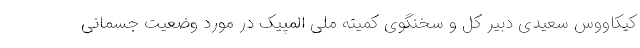
کیکاووس سعیدی دبیر کل و سخنگوی کمیته ملی المپیک در مورد وضعیت جسمانی